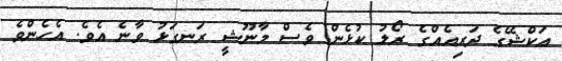
އަކްޝޭގެ ދަރިއެއްގެ ރޯލު ކުޅެން ވެސް މާނޫޝީ ރަނގަޅު ވާނެ އެވެ. އެހެންވެ